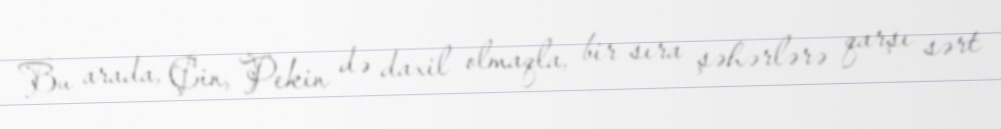
Bu arada, Çin, Pekin də daxil olmaqla, bir sıra şəhərlərə qarşı sərt